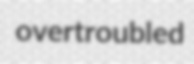
overtroubled